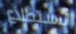
الاستطلاع